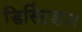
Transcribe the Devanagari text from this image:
डिस्टिंशन